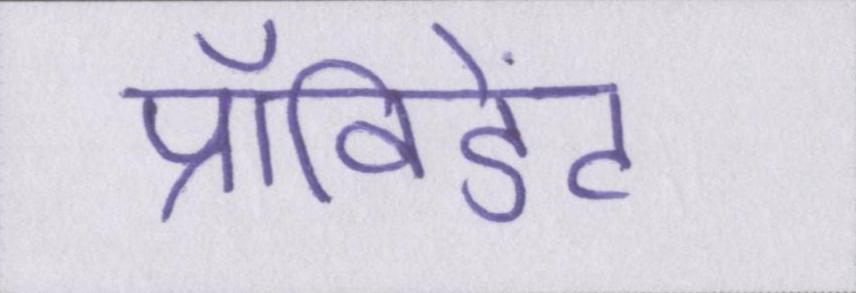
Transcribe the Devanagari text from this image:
प्रॉविडेंट